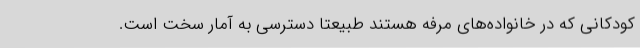
کودکانی که در خانواده‌های مرفه هستند طبیعتاً دسترسی به آمار سخت است.